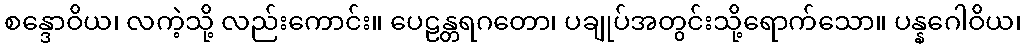
စန္ဒောဝိယ၊ လကဲ့သို့ လည်းကောင်း။ ပေဠန္တရဂတော၊ ပချုပ်အတွင်းသို့ရောက်သော။ ပန္နဂေါဝိယ၊